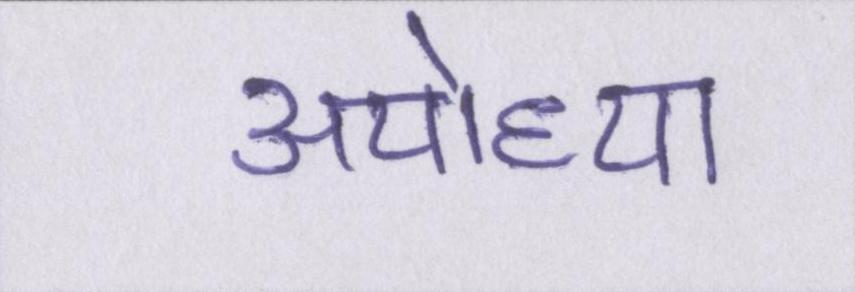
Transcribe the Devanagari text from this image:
अयोध्या